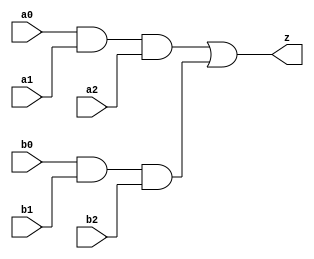
//#############################################################################
//# Function: And-Or (ao33) Gate                                              #
//# Copyright: OH Project Authors. ALl rights Reserved.                       #
//# License:  MIT (see LICENSE file in OH repository)                         #
//#############################################################################

module asic_ao33 #(parameter PROP = "DEFAULT")  (
   input  a0,
   input  a1,
   input  a2,
   input  b0,
   input  b1,
   input  b2,
   output z
   );

   assign z = (a0 & a1 & a2) | (b0 & b1 & b2);

endmodule